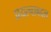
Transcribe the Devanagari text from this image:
प्रयत्नाबद्दल